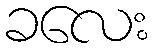
ခလေး